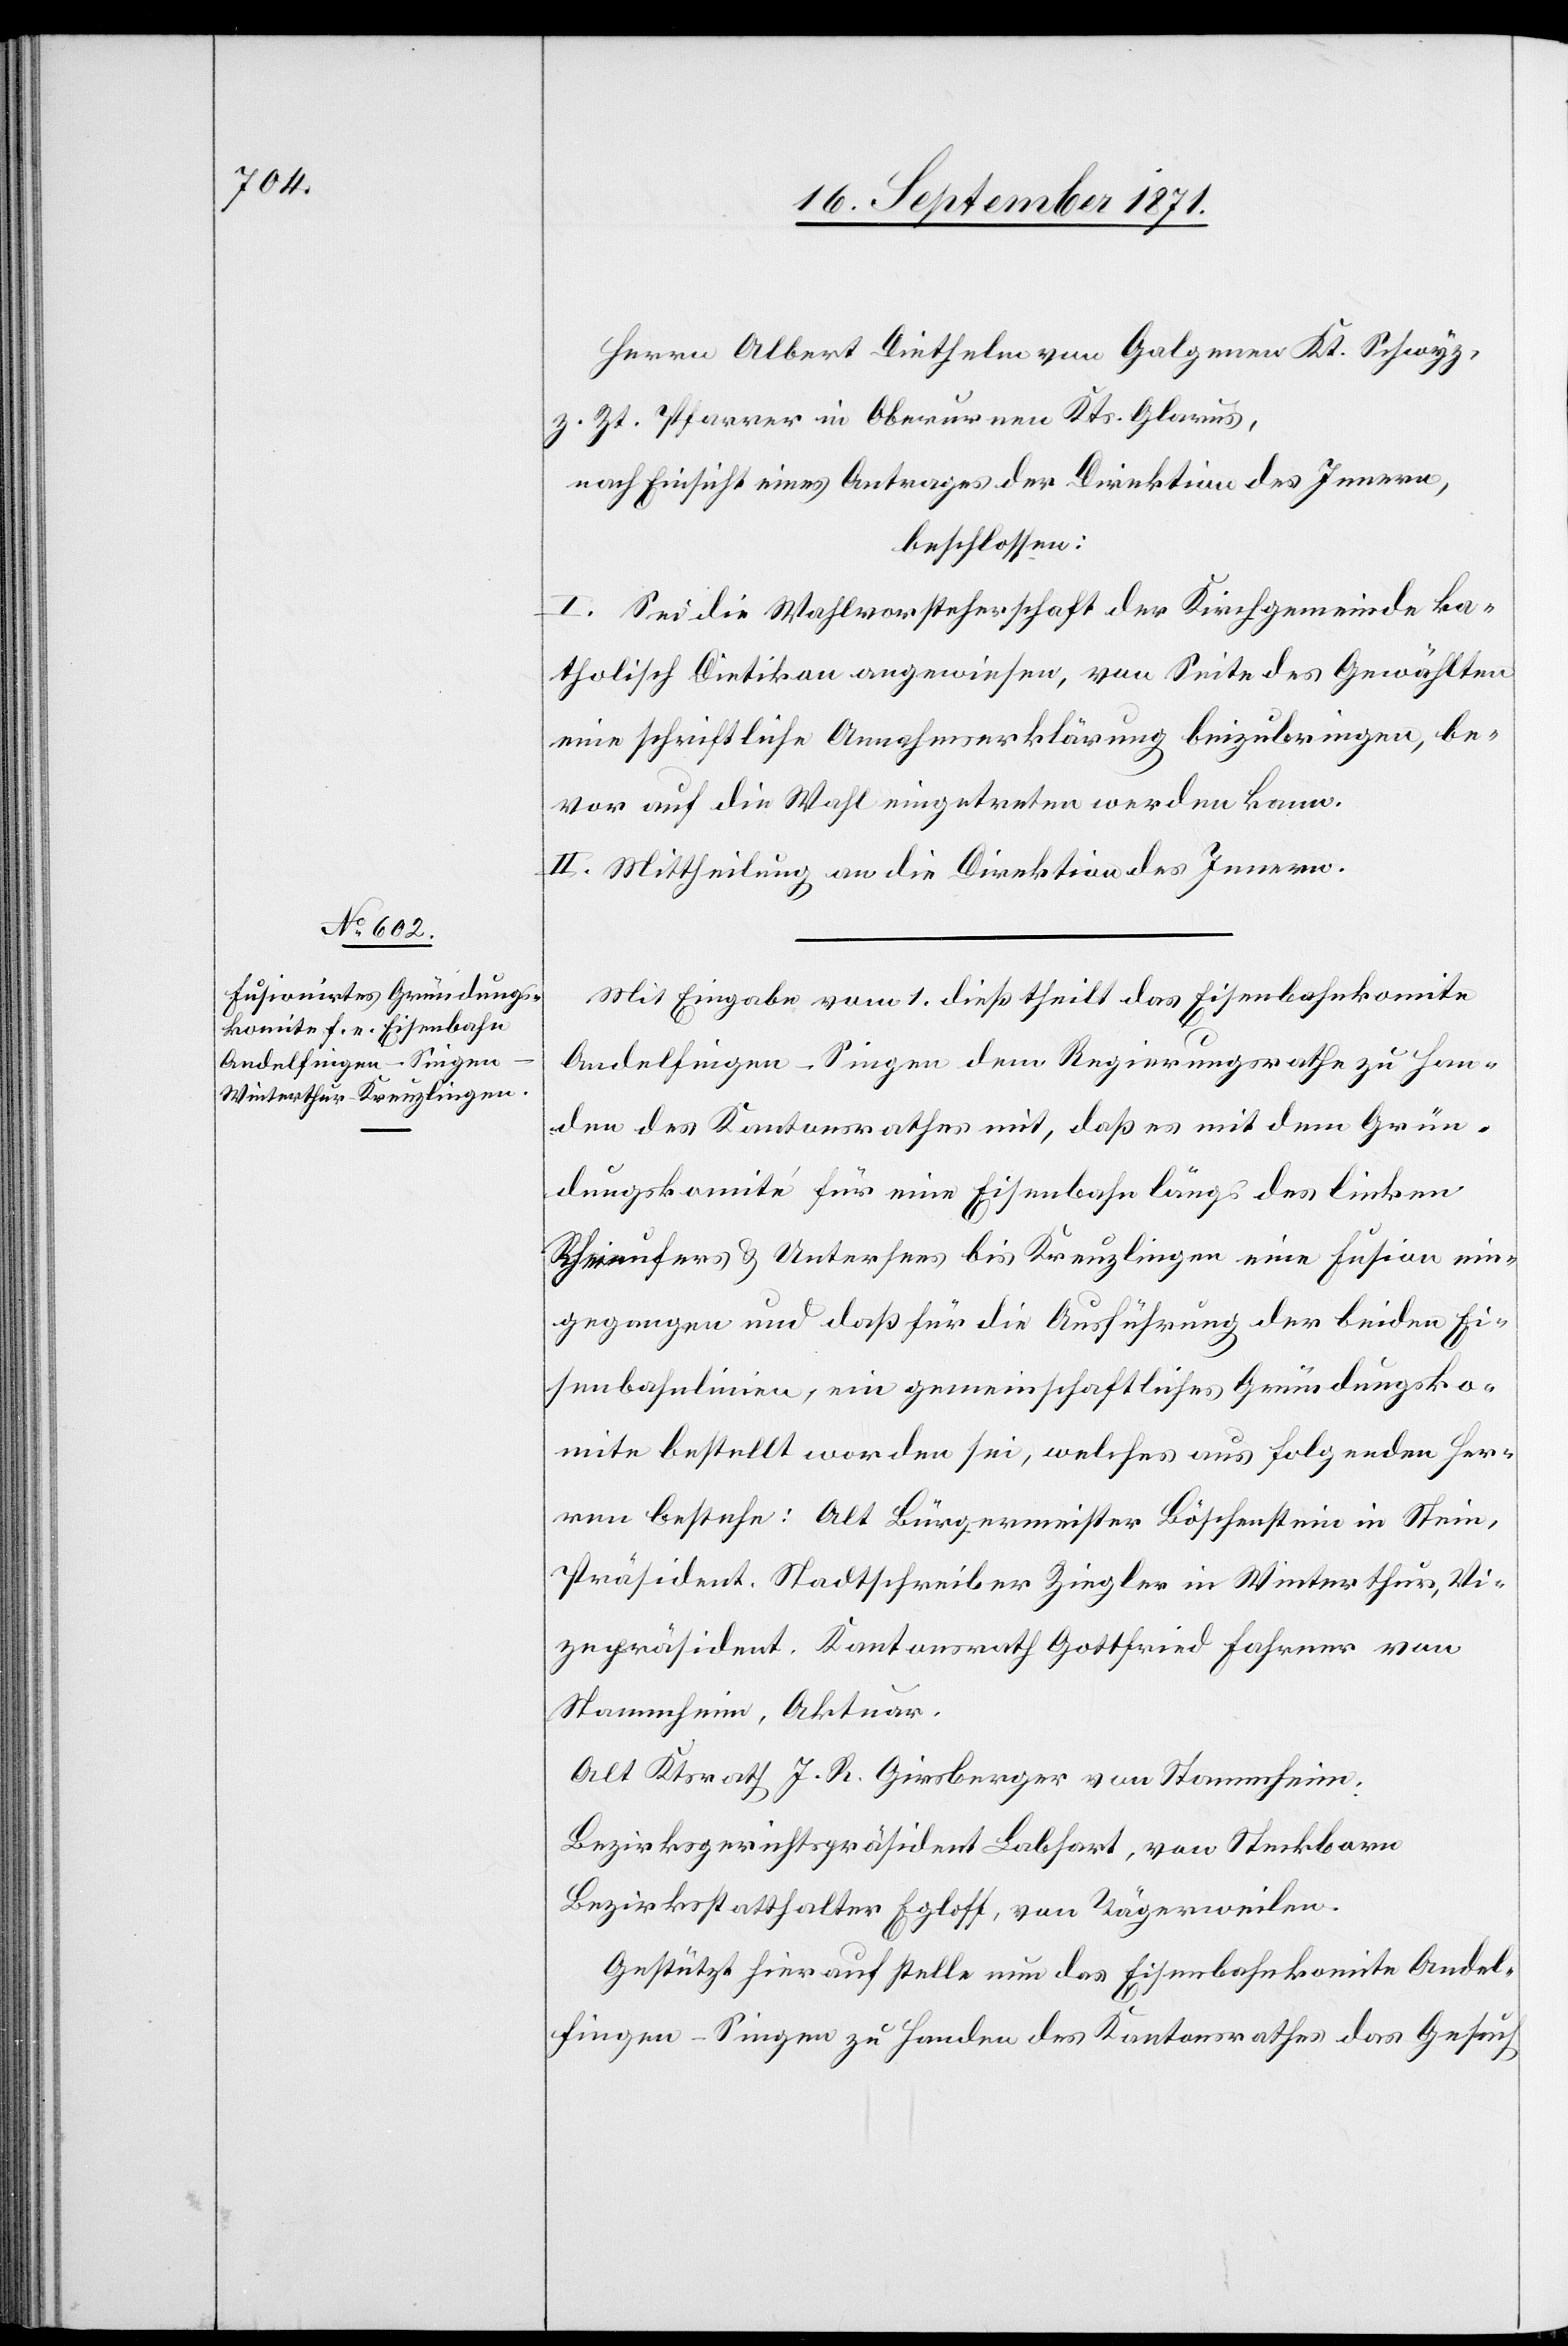
Herrn Albert Diethelm von Galgenen Kt. Schwyz,
z. Zt. Pfarrer in Oberurnen Kts. Glarus,
nach Einsicht eines Antrages der Direktion des Innern,
beschlossen:
I. Sei die Wahlvorsteherschaft der Kirchgemeinde ka¬
tholisch Dietikon angewiesen, von Seite des Gewählten
eine schriftliche Annahmeerklärung beizubringen, be¬
vor auf die Wahl eingetreten werden kann.
II. Mittheilung an die Direktion des Innern.
Mit Eingabe vom 1. dieß theilt das Eisenbahnkomite
Andelfingen–Singen dem Regierungsrathe zu Han¬
den des Kantonsrathes mit, daß es mit dem Grün¬
dungskomité für eine Eisenbahn längs des linken
Rheinufers & Untersees bis Kreuzlingen eine Fusion ein¬
gegangen und daß für die Ausführung der beiden Ei¬
senbahnlinien, ein gemeinschaftliches Gründungsko¬
mite bestellt worden sei, welches aus folgenden Her¬
ren bestehe: Alt Bürgermeister Böschenstein in Stein,
Präsident. Stadtschreiber Ziegler in Winterthur, Vi¬
zepräsident. Kantonsrath Gottfried Fahrner von
Stammheim, Akteur.
Alt Ktsrath J. R. Ginsberger von Stammheim
Bezirksgerichtspräsident Labhart, von Steckborn
Bezirksstatthalter Egloff, von Tägerweilen.
Gestützt hierauf stelle nun das Eisenbahnkomite Andel¬
fingen–Singen zu Handen des Kantonsrathes das Gesuch